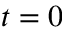
t = 0